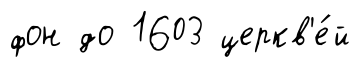
фон до 1603 церкв'е́й